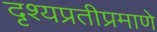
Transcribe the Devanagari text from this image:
दृश्यप्रतीप्रमाणे